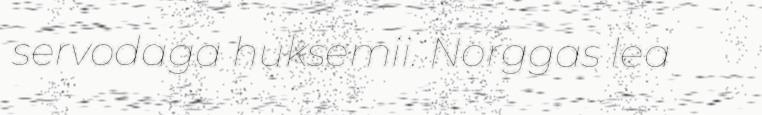
servodaga huksemii. Norggas lea